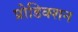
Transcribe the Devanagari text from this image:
प्रोडिक्शन